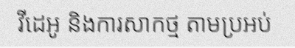
វីដេអូ និងការសាកថ្ម តាមប្រអប់